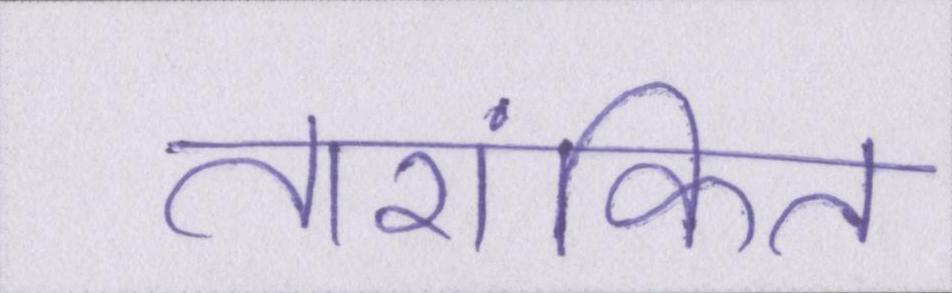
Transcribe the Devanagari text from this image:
तारांकित